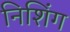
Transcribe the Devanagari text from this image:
निशिंग